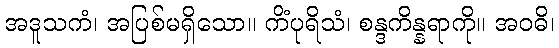
အဒူသကံ၊ အပြစ်မရှိသော။ ကိံပုရိသံ၊ စန္ဒကိန္နရာကို။ အဝဓိ၊